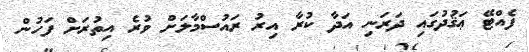
ފެއްޓޭ ޢަޤުދުގައި ދަރަނި އަދާ ކުރާ އިރު ރައުސްމާލަށް ވުރެ އިތުރަށް ފަހުން